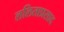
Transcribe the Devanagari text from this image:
ललिताप्रसाद